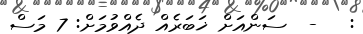
:   -  ސަންއަށް ޚަބަރެއް ދެއްވުމަށް: 7 މަސް